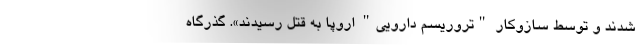
شدند و توسط سازوکار "تروریسم دارویی" اروپا به قتل رسیدند». گذرگاه